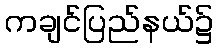
ကချင်ပြည်နယ်၌